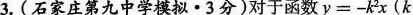
3.(石家庄第九中学模拟∙3分)对于函数y=-k^{2}x(k